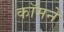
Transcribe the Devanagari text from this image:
कॉमने